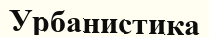
Урбанистика